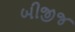
બીજીજ